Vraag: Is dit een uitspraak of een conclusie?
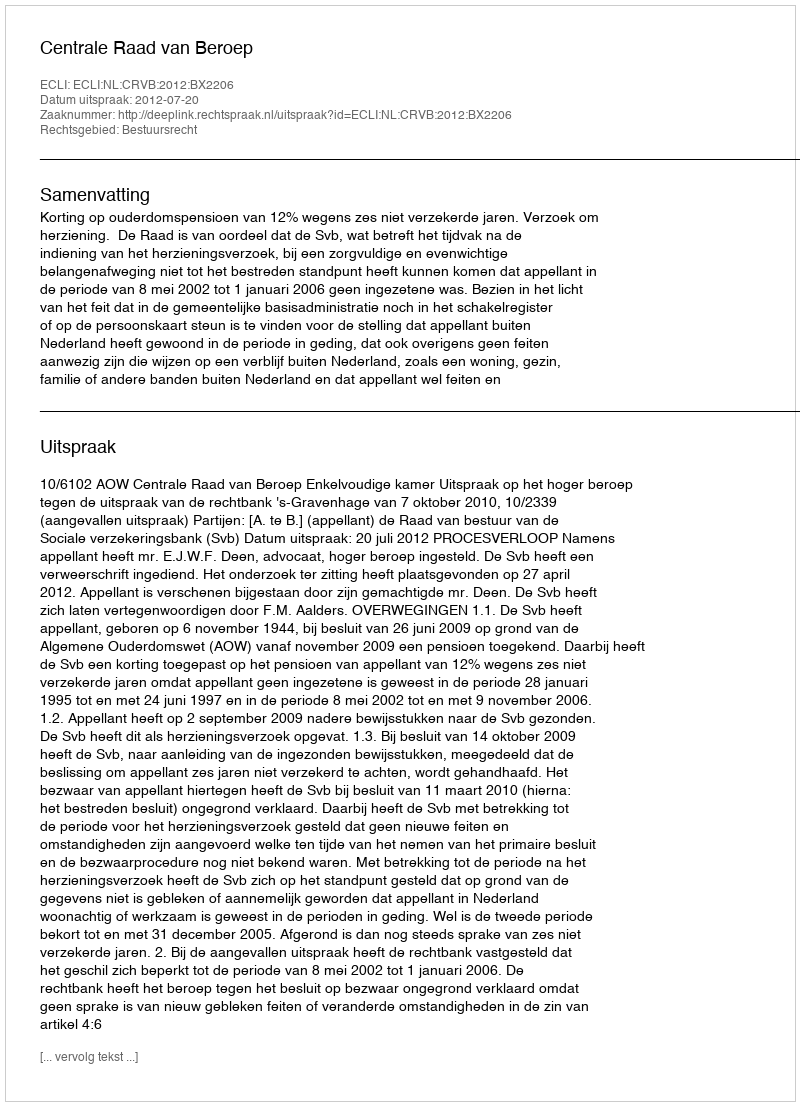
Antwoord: Uitspraak